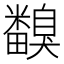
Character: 𥽙